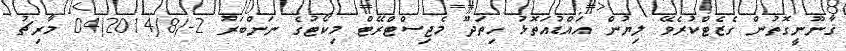
ޤާނޫނީގޮތުން ގެޒެޓްކުރެވޭ ލިޔުން އައްޑުއަތޮޅު ހިތަދޫ މެޖިސްޓްރޭޓް މިކޯޓުގެ ނަންބަރު 2-/2014/8(04 މާރިޗު